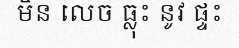
មិន លេច ធ្លុះ នូវ ផ្ទះ